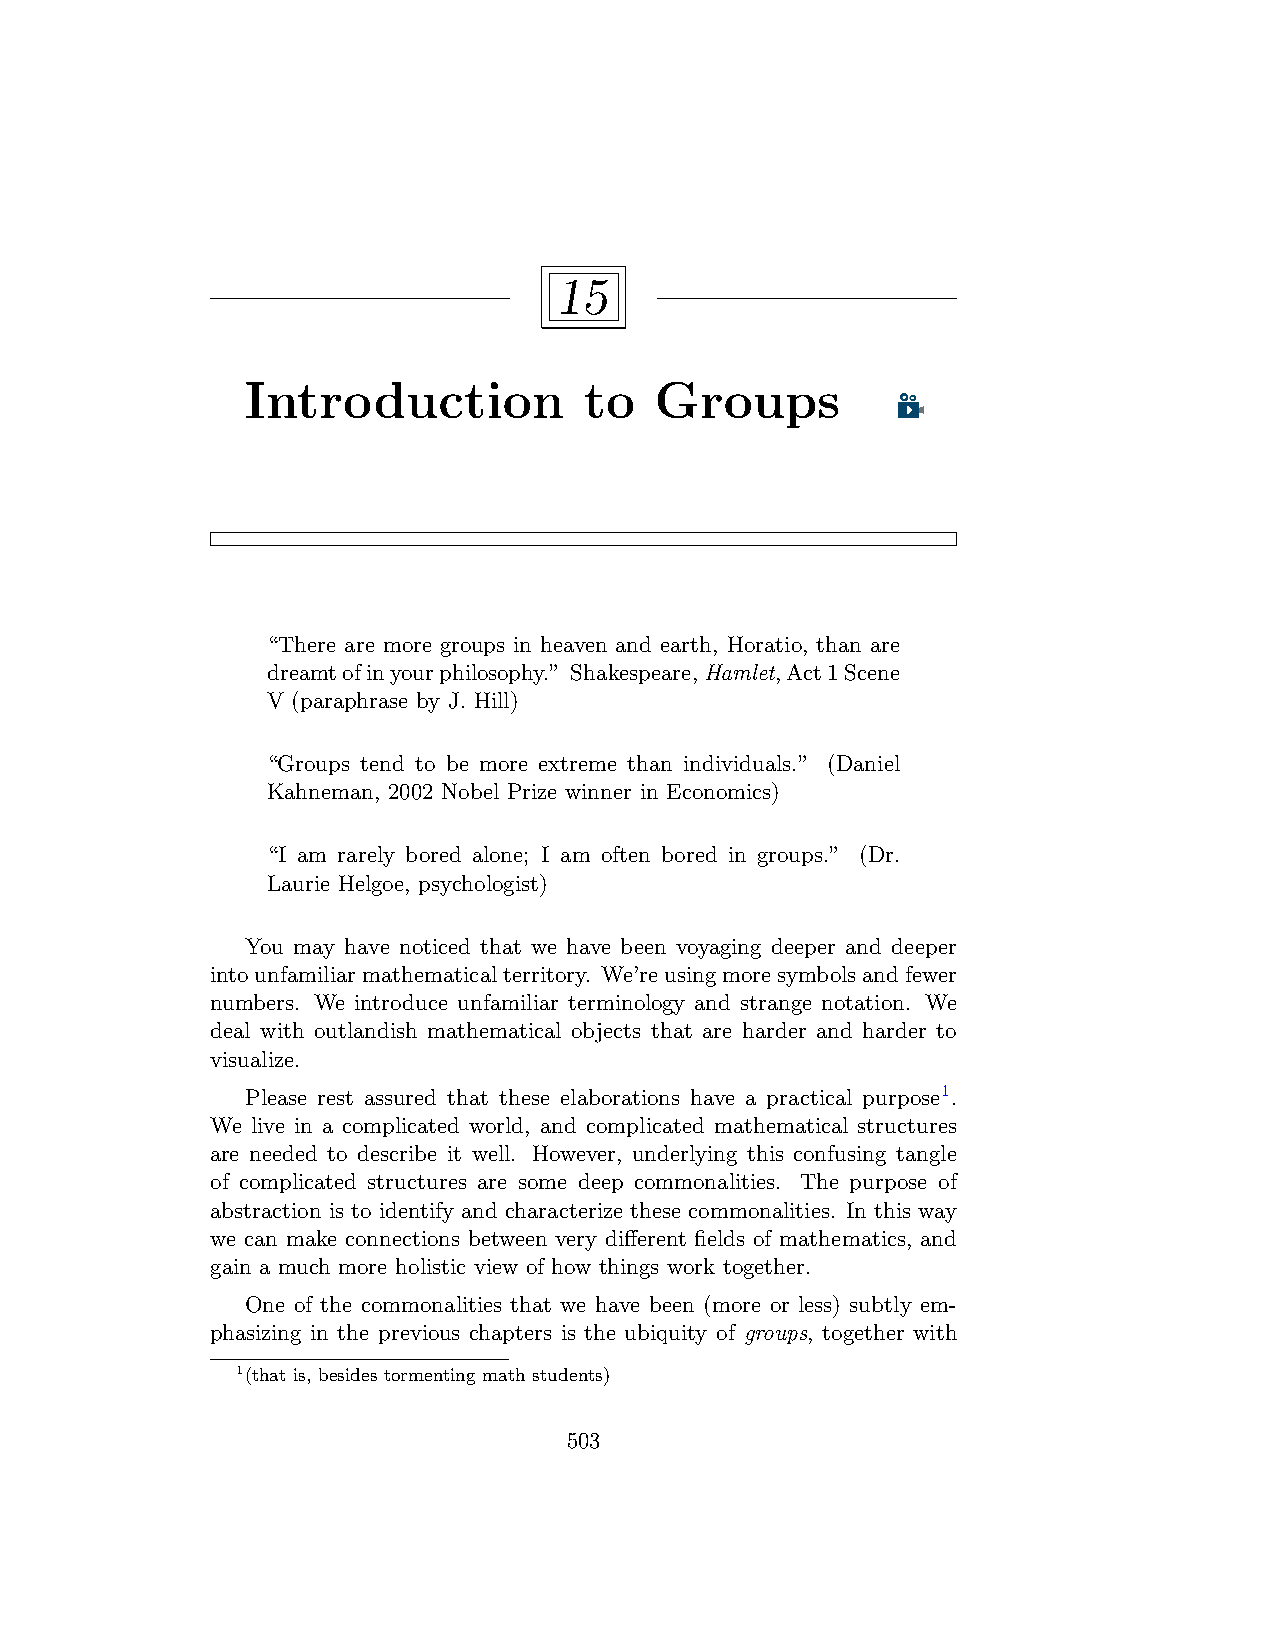
15
 Introduction           to  Groups
 “There are more groups in heaven and earth, Horatio, than are
 dreamtofinyourphilosophy.” Shakespeare,Hamlet,Act1Scene
 V (paraphrase by J. Hill)
 “Groups tend to be more extreme than individuals.” (Daniel
 Kahneman, 2002 Nobel Prize winner in Economics)
 “I am rarely bored alone; I am often bored in groups.” (Dr.
 Laurie Helgoe, psychologist)
 You may have noticed that we have been voyaging deeper and deeper
 intounfamiliarmathematicalterritory. We’reusingmoresymbolsandfewer
 numbers. We introduce unfamiliar terminology and strange notation. We
 deal with outlandish mathematical objects that are harder and harder to
 visualize.
 Please rest assured that these elaborations have a practical purpose1.
 We live in a complicated world, and complicated mathematical structures
 are needed to describe it well. However, underlying this confusing tangle
 of complicated structures are some deep commonalities. The purpose of
 abstraction is to identify and characterize these commonalities. In this way
 we can make connections between very different fields of mathematics, and
 gain a much more holistic view of how things work together.
 One of the commonalities that we have been (more or less) subtly em-
 phasizing in the previous chapters is the ubiquity of groups, together with
 1(that is, besides tormenting math students)
 503